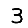
Digit: 3